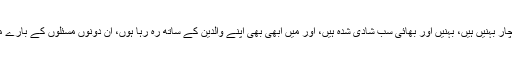
اور والدین زندہ ہیں، ایک چھوٹا بھائی اور چار بہنیں ہیں، بہنیں اور بھائی سب شادی شدہ ہیں، اور میں ابھی بھی اپنے والدین کے ساتھ رہ رہا ہوں، ان دونوں مسئلوں کے بارے میں کچھ بتا دیں، آپ کی عین نوازش ہوگی۔